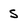
Character: 5